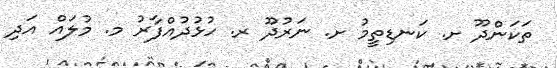
ތަކަންދޫ ށ. ކަނޑިތީމު ށ. ނަރުދޫ ރ. ހުޅުދުއްފާރު މ. މުލައް އަދި